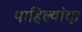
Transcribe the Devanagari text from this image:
पाहिल्यांदा